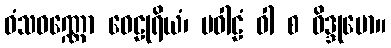
ဝံသဝဏ္ဏော ဝေဠုရိယံ၊ ပဝါဠံ ဝါ စ ဝိဒ္ဒုမော။